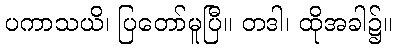
ပကာသယိ၊ ပြတော်မူပြီ။ တဒါ၊ ထိုအခါ၌။